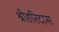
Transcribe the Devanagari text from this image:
श्रीहरिदास